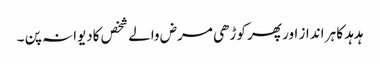
ہدہد کا ہر انداز اور پھر کوڑھی مرض والے شخص کادیوانہ پن ۔